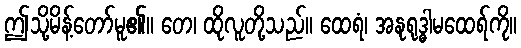
ဤသို့မိန့်တော်မူ၏။ တေ၊ ထိုလူတို့သည်။ ထေရံ၊ အနုရုဒ္ဓါမထေရ်ကို။